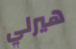
هيرلي